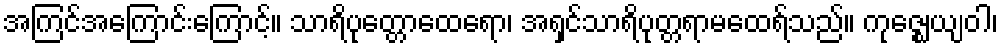
အကြင်အကြောင်းကြောင့်။ သာရိပုတ္တောထေရော၊ အရှင်သာရိပုတ္တရာမထေရ်သည်။ ကုဇ္ဈေယျဝါ၊